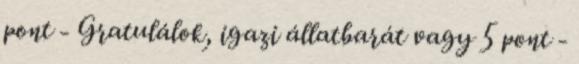
pont - Gratulálok, igazi állatbarát vagy 5 pont -